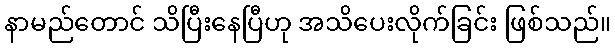
နာမည်တောင် သိပြီးနေပြီဟု အသိပေးလိုက်ခြင်း ဖြစ်သည်။